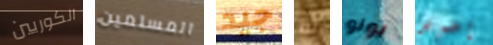
الكوريين المسلمين جيد أنه بونو إحرص